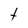
Character: t